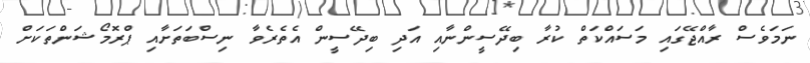
ނަމަވެސް ރާއްޖޭގައި މަސައްކަތް ކުރާ ބިދޭސީންނާއި އަދި ބިދޭސީން އެތެރެވާ ނިސްބަތަށާއި ޕްރޮމޯޝަންތަކަށް